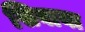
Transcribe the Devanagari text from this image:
सिबाया